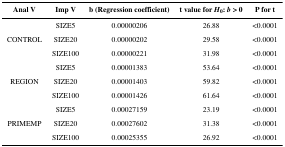
| Anal V | Imp V | b (Regression coefficient) | t value for H0: b > 0 | P for t |
 | --- | --- | --- | --- | --- |
 |  | SIZE5 | 0.00000206 | 26.88 | <0.0001 |
 | CONTROL | SIZE20 | 0.00000202 | 29.58 | <0.0001 |
 |  | SIZE100 | 0.00000221 | 31.98 | <0.0001 |
 |  | SIZE5 | 0.00001383 | 53.64 | <0.0001 |
 | REGION | SIZE20 | 0.00001403 | 59.82 | <0.0001 |
 |  | SIZE100 | 0.00001426 | 61.64 | <0.0001 |
 |  | SIZE5 | 0.00027159 | 23.19 | <0.0001 |
 | PRIMEMP | SIZE20 | 0.00027602 | 31.38 | <0.0001 |
 |  | SIZE100 | 0.00025355 | 26.92 | <0.0001 |